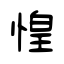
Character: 惶